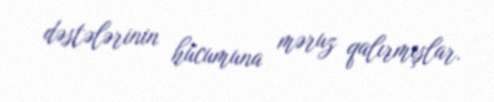
dəstələrinin hücumuna məruz qalırmışlar.